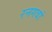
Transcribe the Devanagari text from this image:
रनगवां